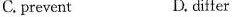
C.prevent D.differ